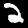
Digit: 2